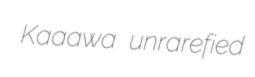
Kaaawa unrarefied